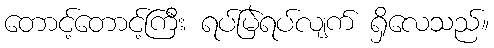
တောင့်တောင့်ကြီး ရပ်မြဲရပ်လျက် ရှိလေသည်။